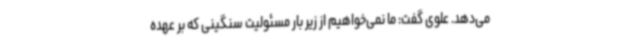
می‌دهد. علوی گفت: ما نمی‌خواهیم از زیر بار مسئولیت سنگینی که بر عهده